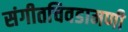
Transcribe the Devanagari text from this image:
संगीतचिवडामणी